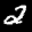
Label: 2